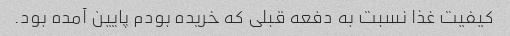
کیفیت غذا نسبت به دفعه قبلی که خریده بودم پایین آمده بود.